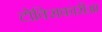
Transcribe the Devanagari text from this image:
टोक्सिकारीआ